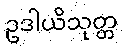
ဥဒါယိသုတ္တ